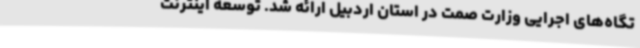
تگاه‌های اجرایی وزارت صمت در استان اردبیل ارائه شد. توسعه اینترنت